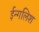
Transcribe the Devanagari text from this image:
ईन्गलिश